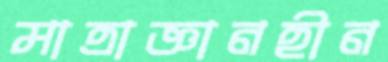
মাত্রাজ্ঞানহীন